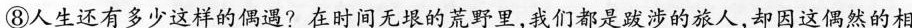
⑧人生还有多少这样的偶遇?在时间无垠的荒野里，我们都是跋涉的旅人,却因这偶然的相